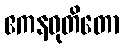
ဧကနဝုတိတော